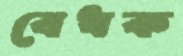
বেধক